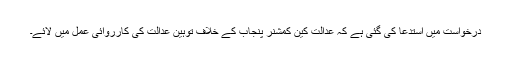
درخواست میں استدعا کی گئی ہے کہ عدالت کین کمشنر پنجاب کے خلاف توہین عدالت کی کارروائی عمل میں لائے۔